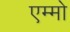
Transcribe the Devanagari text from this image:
एम्मो